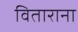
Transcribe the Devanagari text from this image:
विताराना